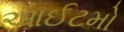
આઈટમો